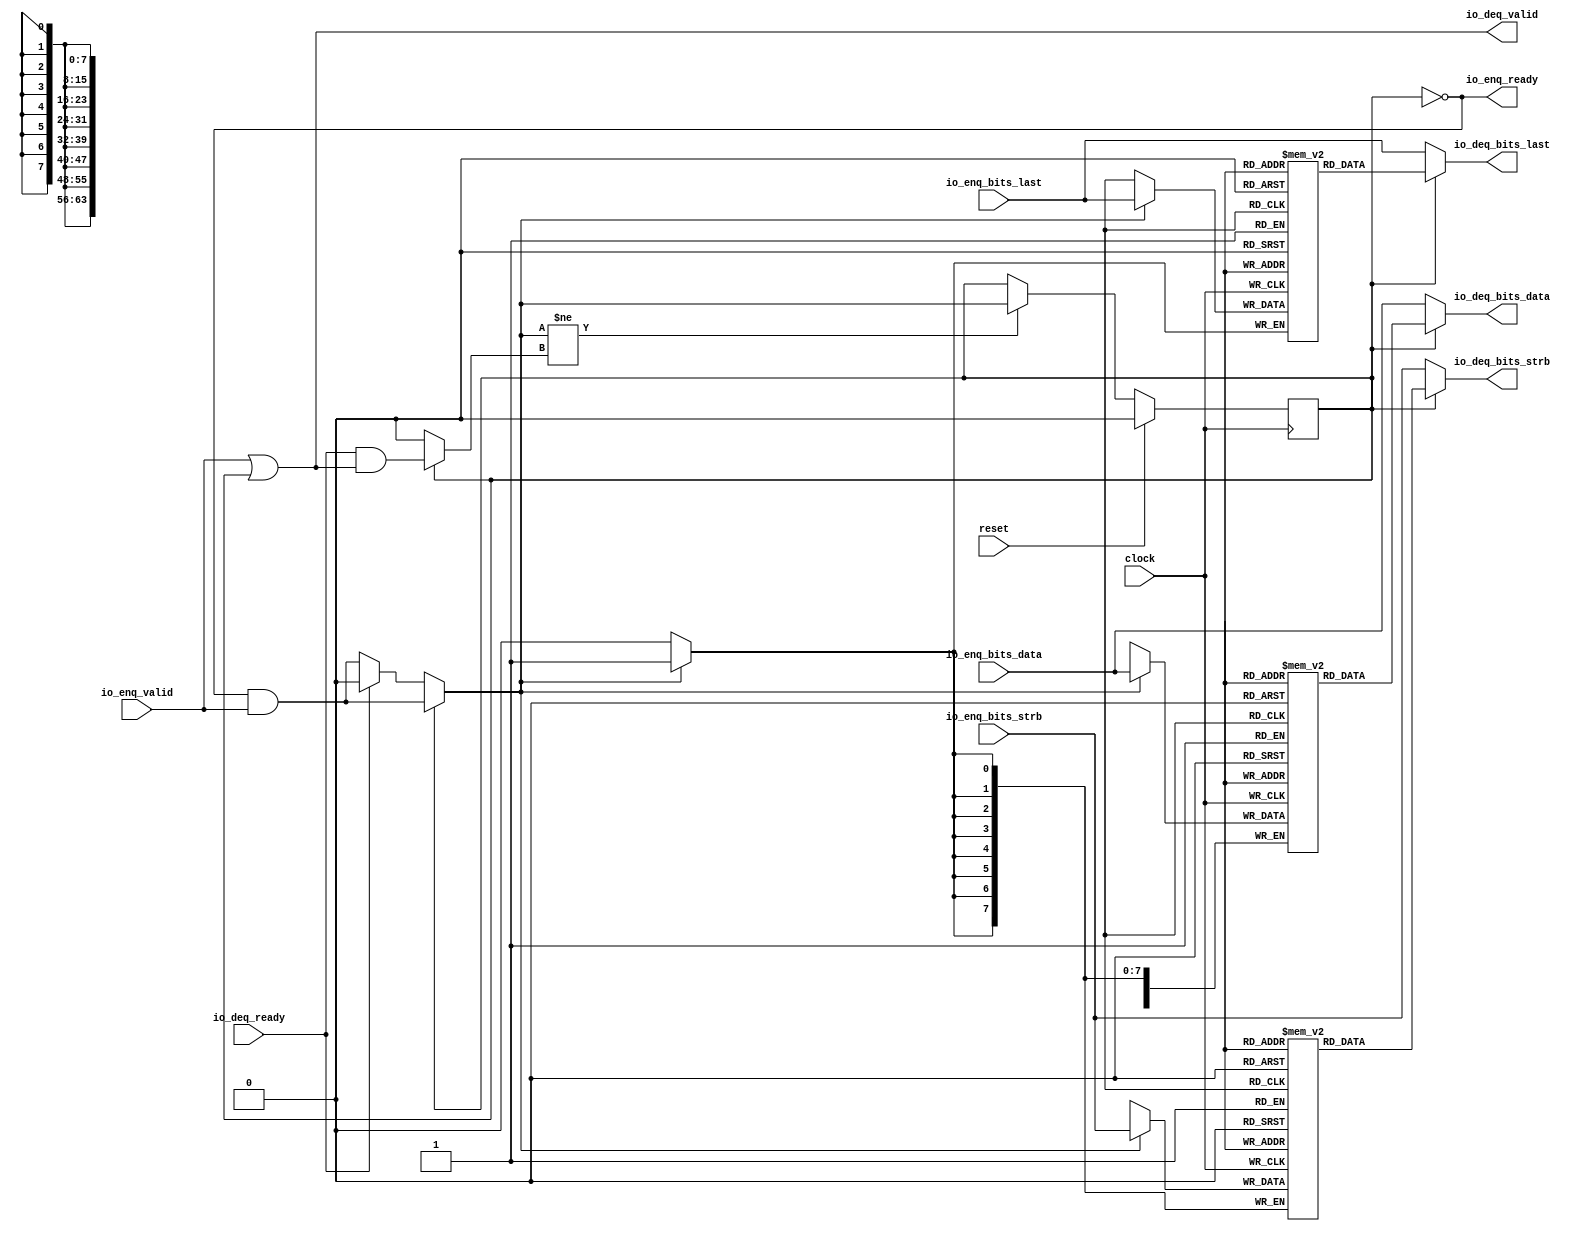
module Queue_20( // @[:freechips.rocketchip.system.DefaultRV32Config.fir@41042.2]
  input         clock, // @[:freechips.rocketchip.system.DefaultRV32Config.fir@41043.4]
  input         reset, // @[:freechips.rocketchip.system.DefaultRV32Config.fir@41044.4]
  output        io_enq_ready, // @[:freechips.rocketchip.system.DefaultRV32Config.fir@41045.4]
  input         io_enq_valid, // @[:freechips.rocketchip.system.DefaultRV32Config.fir@41045.4]
  input  [63:0] io_enq_bits_data, // @[:freechips.rocketchip.system.DefaultRV32Config.fir@41045.4]
  input  [7:0]  io_enq_bits_strb, // @[:freechips.rocketchip.system.DefaultRV32Config.fir@41045.4]
  input         io_enq_bits_last, // @[:freechips.rocketchip.system.DefaultRV32Config.fir@41045.4]
  input         io_deq_ready, // @[:freechips.rocketchip.system.DefaultRV32Config.fir@41045.4]
  output        io_deq_valid, // @[:freechips.rocketchip.system.DefaultRV32Config.fir@41045.4]
  output [63:0] io_deq_bits_data, // @[:freechips.rocketchip.system.DefaultRV32Config.fir@41045.4]
  output [7:0]  io_deq_bits_strb, // @[:freechips.rocketchip.system.DefaultRV32Config.fir@41045.4]
  output        io_deq_bits_last // @[:freechips.rocketchip.system.DefaultRV32Config.fir@41045.4]
);
`ifdef RANDOMIZE_MEM_INIT
  reg [63:0] _RAND_0;
  reg [31:0] _RAND_1;
  reg [31:0] _RAND_2;
`endif // RANDOMIZE_MEM_INIT
`ifdef RANDOMIZE_REG_INIT
  reg [31:0] _RAND_3;
`endif // RANDOMIZE_REG_INIT
  reg [63:0] ram_data [0:0]; // @[Decoupled.scala 209:16:freechips.rocketchip.system.DefaultRV32Config.fir@41047.4]
  wire [63:0] ram_data__T_7_data; // @[Decoupled.scala 209:16:freechips.rocketchip.system.DefaultRV32Config.fir@41047.4]
  wire  ram_data__T_7_addr; // @[Decoupled.scala 209:16:freechips.rocketchip.system.DefaultRV32Config.fir@41047.4]
  wire [63:0] ram_data__T_3_data; // @[Decoupled.scala 209:16:freechips.rocketchip.system.DefaultRV32Config.fir@41047.4]
  wire  ram_data__T_3_addr; // @[Decoupled.scala 209:16:freechips.rocketchip.system.DefaultRV32Config.fir@41047.4]
  wire  ram_data__T_3_mask; // @[Decoupled.scala 209:16:freechips.rocketchip.system.DefaultRV32Config.fir@41047.4]
  wire  ram_data__T_3_en; // @[Decoupled.scala 209:16:freechips.rocketchip.system.DefaultRV32Config.fir@41047.4]
  reg [7:0] ram_strb [0:0]; // @[Decoupled.scala 209:16:freechips.rocketchip.system.DefaultRV32Config.fir@41047.4]
  wire [7:0] ram_strb__T_7_data; // @[Decoupled.scala 209:16:freechips.rocketchip.system.DefaultRV32Config.fir@41047.4]
  wire  ram_strb__T_7_addr; // @[Decoupled.scala 209:16:freechips.rocketchip.system.DefaultRV32Config.fir@41047.4]
  wire [7:0] ram_strb__T_3_data; // @[Decoupled.scala 209:16:freechips.rocketchip.system.DefaultRV32Config.fir@41047.4]
  wire  ram_strb__T_3_addr; // @[Decoupled.scala 209:16:freechips.rocketchip.system.DefaultRV32Config.fir@41047.4]
  wire  ram_strb__T_3_mask; // @[Decoupled.scala 209:16:freechips.rocketchip.system.DefaultRV32Config.fir@41047.4]
  wire  ram_strb__T_3_en; // @[Decoupled.scala 209:16:freechips.rocketchip.system.DefaultRV32Config.fir@41047.4]
  reg  ram_last [0:0]; // @[Decoupled.scala 209:16:freechips.rocketchip.system.DefaultRV32Config.fir@41047.4]
  wire  ram_last__T_7_data; // @[Decoupled.scala 209:16:freechips.rocketchip.system.DefaultRV32Config.fir@41047.4]
  wire  ram_last__T_7_addr; // @[Decoupled.scala 209:16:freechips.rocketchip.system.DefaultRV32Config.fir@41047.4]
  wire  ram_last__T_3_data; // @[Decoupled.scala 209:16:freechips.rocketchip.system.DefaultRV32Config.fir@41047.4]
  wire  ram_last__T_3_addr; // @[Decoupled.scala 209:16:freechips.rocketchip.system.DefaultRV32Config.fir@41047.4]
  wire  ram_last__T_3_mask; // @[Decoupled.scala 209:16:freechips.rocketchip.system.DefaultRV32Config.fir@41047.4]
  wire  ram_last__T_3_en; // @[Decoupled.scala 209:16:freechips.rocketchip.system.DefaultRV32Config.fir@41047.4]
  reg  maybe_full; // @[Decoupled.scala 212:27:freechips.rocketchip.system.DefaultRV32Config.fir@41048.4]
  wire  empty; // @[Decoupled.scala 215:28:freechips.rocketchip.system.DefaultRV32Config.fir@41050.4]
  wire  _T_1; // @[Decoupled.scala 40:37:freechips.rocketchip.system.DefaultRV32Config.fir@41053.4]
  wire  _T_2; // @[Decoupled.scala 40:37:freechips.rocketchip.system.DefaultRV32Config.fir@41056.4]
  wire  _GEN_9; // @[Decoupled.scala 240:27:freechips.rocketchip.system.DefaultRV32Config.fir@41087.6]
  wire  do_enq; // @[Decoupled.scala 237:18:freechips.rocketchip.system.DefaultRV32Config.fir@41082.4]
  wire  do_deq; // @[Decoupled.scala 237:18:freechips.rocketchip.system.DefaultRV32Config.fir@41082.4]
  wire  _T_4; // @[Decoupled.scala 227:16:freechips.rocketchip.system.DefaultRV32Config.fir@41067.4]
  wire  _T_5; // @[Decoupled.scala 231:19:freechips.rocketchip.system.DefaultRV32Config.fir@41071.4]
  assign ram_data__T_7_addr = 1'h0;
  assign ram_data__T_7_data = ram_data[ram_data__T_7_addr]; // @[Decoupled.scala 209:16:freechips.rocketchip.system.DefaultRV32Config.fir@41047.4]
  assign ram_data__T_3_data = io_enq_bits_data;
  assign ram_data__T_3_addr = 1'h0;
  assign ram_data__T_3_mask = 1'h1;
  assign ram_data__T_3_en = empty ? _GEN_9 : _T_1;
  assign ram_strb__T_7_addr = 1'h0;
  assign ram_strb__T_7_data = ram_strb[ram_strb__T_7_addr]; // @[Decoupled.scala 209:16:freechips.rocketchip.system.DefaultRV32Config.fir@41047.4]
  assign ram_strb__T_3_data = io_enq_bits_strb;
  assign ram_strb__T_3_addr = 1'h0;
  assign ram_strb__T_3_mask = 1'h1;
  assign ram_strb__T_3_en = empty ? _GEN_9 : _T_1;
  assign ram_last__T_7_addr = 1'h0;
  assign ram_last__T_7_data = ram_last[ram_last__T_7_addr]; // @[Decoupled.scala 209:16:freechips.rocketchip.system.DefaultRV32Config.fir@41047.4]
  assign ram_last__T_3_data = io_enq_bits_last;
  assign ram_last__T_3_addr = 1'h0;
  assign ram_last__T_3_mask = 1'h1;
  assign ram_last__T_3_en = empty ? _GEN_9 : _T_1;
  assign empty = ~maybe_full; // @[Decoupled.scala 215:28:freechips.rocketchip.system.DefaultRV32Config.fir@41050.4]
  assign _T_1 = io_enq_ready & io_enq_valid; // @[Decoupled.scala 40:37:freechips.rocketchip.system.DefaultRV32Config.fir@41053.4]
  assign _T_2 = io_deq_ready & io_deq_valid; // @[Decoupled.scala 40:37:freechips.rocketchip.system.DefaultRV32Config.fir@41056.4]
  assign _GEN_9 = io_deq_ready ? 1'h0 : _T_1; // @[Decoupled.scala 240:27:freechips.rocketchip.system.DefaultRV32Config.fir@41087.6]
  assign do_enq = empty ? _GEN_9 : _T_1; // @[Decoupled.scala 237:18:freechips.rocketchip.system.DefaultRV32Config.fir@41082.4]
  assign do_deq = empty ? 1'h0 : _T_2; // @[Decoupled.scala 237:18:freechips.rocketchip.system.DefaultRV32Config.fir@41082.4]
  assign _T_4 = do_enq != do_deq; // @[Decoupled.scala 227:16:freechips.rocketchip.system.DefaultRV32Config.fir@41067.4]
  assign _T_5 = ~empty; // @[Decoupled.scala 231:19:freechips.rocketchip.system.DefaultRV32Config.fir@41071.4]
  assign io_enq_ready = ~maybe_full; // @[Decoupled.scala 232:16:freechips.rocketchip.system.DefaultRV32Config.fir@41074.4]
  assign io_deq_valid = io_enq_valid | _T_5; // @[Decoupled.scala 231:16:freechips.rocketchip.system.DefaultRV32Config.fir@41072.4 Decoupled.scala 236:40:freechips.rocketchip.system.DefaultRV32Config.fir@41080.6]
  assign io_deq_bits_data = empty ? io_enq_bits_data : ram_data__T_7_data; // @[Decoupled.scala 233:15:freechips.rocketchip.system.DefaultRV32Config.fir@41078.4 Decoupled.scala 238:19:freechips.rocketchip.system.DefaultRV32Config.fir@41085.6]
  assign io_deq_bits_strb = empty ? io_enq_bits_strb : ram_strb__T_7_data; // @[Decoupled.scala 233:15:freechips.rocketchip.system.DefaultRV32Config.fir@41077.4 Decoupled.scala 238:19:freechips.rocketchip.system.DefaultRV32Config.fir@41084.6]
  assign io_deq_bits_last = empty ? io_enq_bits_last : ram_last__T_7_data; // @[Decoupled.scala 233:15:freechips.rocketchip.system.DefaultRV32Config.fir@41076.4 Decoupled.scala 238:19:freechips.rocketchip.system.DefaultRV32Config.fir@41083.6]
`ifdef RANDOMIZE_GARBAGE_ASSIGN
`define RANDOMIZE
`endif
`ifdef RANDOMIZE_INVALID_ASSIGN
`define RANDOMIZE
`endif
`ifdef RANDOMIZE_REG_INIT
`define RANDOMIZE
`endif
`ifdef RANDOMIZE_MEM_INIT
`define RANDOMIZE
`endif
`ifndef RANDOM
`define RANDOM $random
`endif
`ifdef RANDOMIZE_MEM_INIT
  integer initvar;
`endif
`ifndef SYNTHESIS
`ifdef FIRRTL_BEFORE_INITIAL
`FIRRTL_BEFORE_INITIAL
`endif
initial begin
  `ifdef RANDOMIZE
    `ifdef INIT_RANDOM
      `INIT_RANDOM
    `endif
    `ifndef VERILATOR
      `ifdef RANDOMIZE_DELAY
        #`RANDOMIZE_DELAY begin end
      `else
        #0.002 begin end
      `endif
    `endif
`ifdef RANDOMIZE_MEM_INIT
  _RAND_0 = {2{`RANDOM}};
  for (initvar = 0; initvar < 1; initvar = initvar+1)
    ram_data[initvar] = _RAND_0[63:0];
  _RAND_1 = {1{`RANDOM}};
  for (initvar = 0; initvar < 1; initvar = initvar+1)
    ram_strb[initvar] = _RAND_1[7:0];
  _RAND_2 = {1{`RANDOM}};
  for (initvar = 0; initvar < 1; initvar = initvar+1)
    ram_last[initvar] = _RAND_2[0:0];
`endif // RANDOMIZE_MEM_INIT
`ifdef RANDOMIZE_REG_INIT
  _RAND_3 = {1{`RANDOM}};
  maybe_full = _RAND_3[0:0];
`endif // RANDOMIZE_REG_INIT
  `endif // RANDOMIZE
end // initial
`ifdef FIRRTL_AFTER_INITIAL
`FIRRTL_AFTER_INITIAL
`endif
`endif // SYNTHESIS
  always @(posedge clock) begin
    if(ram_data__T_3_en & ram_data__T_3_mask) begin
      ram_data[ram_data__T_3_addr] <= ram_data__T_3_data; // @[Decoupled.scala 209:16:freechips.rocketchip.system.DefaultRV32Config.fir@41047.4]
    end
    if(ram_strb__T_3_en & ram_strb__T_3_mask) begin
      ram_strb[ram_strb__T_3_addr] <= ram_strb__T_3_data; // @[Decoupled.scala 209:16:freechips.rocketchip.system.DefaultRV32Config.fir@41047.4]
    end
    if(ram_last__T_3_en & ram_last__T_3_mask) begin
      ram_last[ram_last__T_3_addr] <= ram_last__T_3_data; // @[Decoupled.scala 209:16:freechips.rocketchip.system.DefaultRV32Config.fir@41047.4]
    end
    if (reset) begin
      maybe_full <= 1'h0;
    end else if (_T_4) begin
      if (empty) begin
        if (io_deq_ready) begin
          maybe_full <= 1'h0;
        end else begin
          maybe_full <= _T_1;
        end
      end else begin
        maybe_full <= _T_1;
      end
    end
  end
endmodule